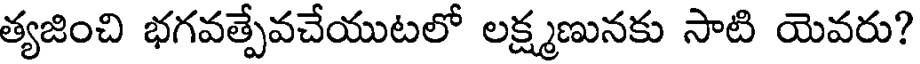
త్యజించి భగవత్పేవచేయుటలో లక్ష్మణునకు సాటి యెవరు?